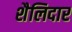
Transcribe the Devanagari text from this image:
शैलिदार